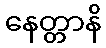
နေတ္တာနိ